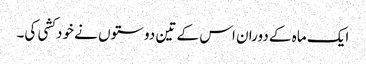
ایک ماہ کے دوران اس کے تین دوستوں نے خودکشی کی۔